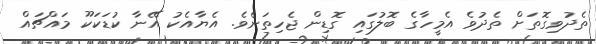
ތެދުވިގޮތަށް ތެދުވެ އެމީހާގެ ބޮލުގައި ގޮޑިން ޖެހިތަނެވެ. އެޔާއެކު އޭނާ ކުޑަކަކޫ މައްޗައް